Vaccination in Burma 1900-1911 - 1900-1911
Year: 1900
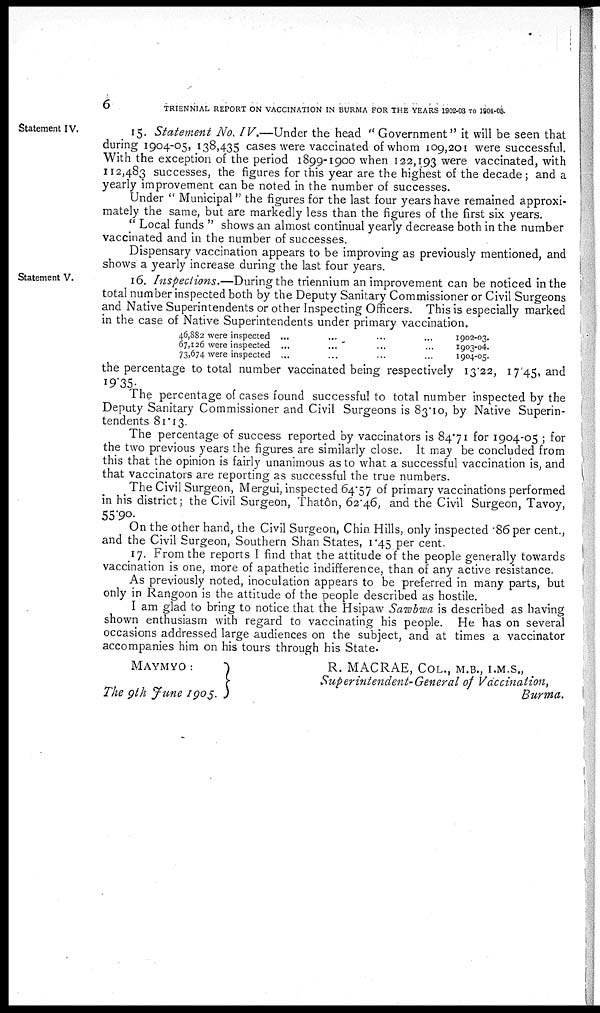
6
TRIENNIAL REPORT ON VACCINATION IN BURMA FOR THE YEARS 1902-03 TO 1904-05.
Statement IV.
15. Statement No. IV.—Under the head " Government" it will be seen that
during 1904-05, 138,435 cases were vaccinated of whom 109,201 were successful.
With the exception of the period 1899-1900 when 122,193 were vaccinated, with
112,483 successes, the figures for this year are the highest of the decade; and a
yearly improvement can be noted in the number of successes.
Under " Municipal" the figures for the last four years have remained approxi-
mately the same, but are markedly less than the figures of the first six years.
" Local funds " shows an almost continual yearly decrease both in the number
vaccinated and in the number of successes.
Dispensary vaccination appears to be improving as previously mentioned, and
shows a yearly increase during the last four years.
Statement V.
16. Inspections.—During the triennium an improvement can be noticed in the
total number inspected both by the Deputy Sanitary Commissioner or Civil Surgeons
and Native Superintendents or other Inspecting Officers. This is especially marked
in the case of Native Superintendents under primary vaccination.
46,882 were inspected ... ... ...
67,126 were inspected ... ... ... ...
73,674 were inspected ... ... ...
1902-03.
1903-04.
1904-05.
the percentage to total number vaccinated being respectively 13.22, 17.45, and
19.35.
The percentage of cases found successful to total number inspected by the
Deputy Sanitary Commissioner and Civil Surgeons is 83.10, by Native Superin-
tendents 81.13.
The percentage of success reported by vaccinators is 84.71 for 1904-05 ; for
the two previous years the figures are similarly close. It may be concluded from
this that the opinion is fairly unanimous as to what a successful vaccination is, and
that vaccinators are reporting as successful the true numbers.
The Civil Surgeon, Mergui, inspected 64.57 of primary vaccinations performed
in his district; the Civil Surgeon, Thatôn, 62.46, and the Civil Surgeon, Tavoy,
55.90.
On the other hand, the Civil Surgeon, Chin Hills, only inspected .86 per cent.,
and the Civil Surgeon, Southern Shan States, 1.45 per cent.
17. From the reports I find that the attitude of the people generally towards
vaccination is one, more of apathetic indifference, than of any active resistance.
As previously noted, inoculation appears to be preferred in many parts, but
only in Rangoon is the attitude of the people described as hostile.
I am glad to bring to notice that the Hsipaw Sawbwa is described as having
shown enthusiasm with regard to vaccinating his people. He has on several
occasions addressed large audiences on the subject, and at times a vaccinator
accompanies him on his tours through his State.
MAYMYO :
The 9th June 1905.
R. MACRAE, COL., M.B., I.M.S.,
Superintendent-General of Vaccination,
Burma.